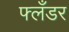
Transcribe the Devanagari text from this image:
फ्लँडर